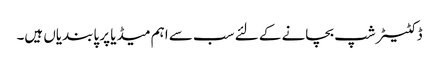
ڈکٹیٹر شپ بچانے کے لئے سب سے اہم میڈیا پر پابندیاں ہیں۔